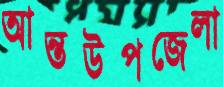
আন্তউপজেলা